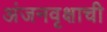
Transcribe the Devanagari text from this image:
अंजनवृक्षाची